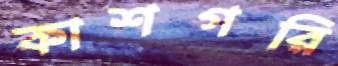
কাশগরি